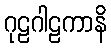
ဂုဠဂါဠကာနိ